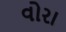
વોરા